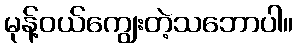
မုန့်ဝယ်ကျွေးတဲ့သဘောပါ။